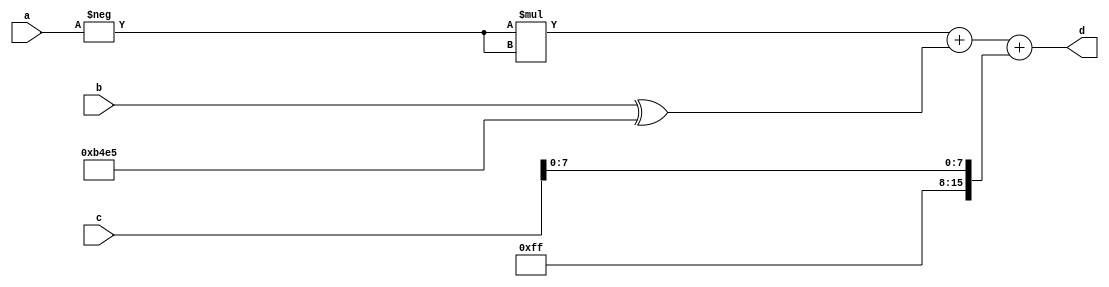
module top_word(a, b, c, d);
input [15:0] a, b, c;
output [31:0] d;

wire [15:0] np3_a = -a;
wire [15:0] np3_b = b ^ 16'b1011010011100101;
wire [15:0] np3_c = {8'b11111111, c[7:0]};


assign d = np3_a*np3_a + np3_b + np3_c;

endmodule